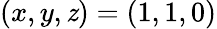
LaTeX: (x,y,\mathit{z})=(1,1,0)